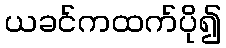
ယခင်ကထက်ပို၍